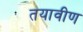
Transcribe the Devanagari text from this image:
तयावीण